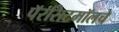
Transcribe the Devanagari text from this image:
पॅरसिटमॉलचे